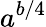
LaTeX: a^{b/4}